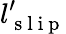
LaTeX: l_{\mathrm{~s~l~i~p~}}^{\prime}